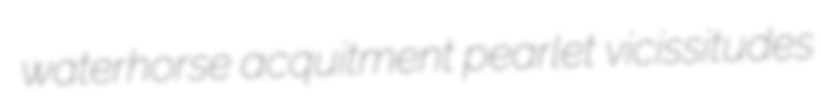
waterhorse acquitment pearlet vicissitudes